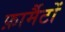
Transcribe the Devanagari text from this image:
फ़ार्मैटों